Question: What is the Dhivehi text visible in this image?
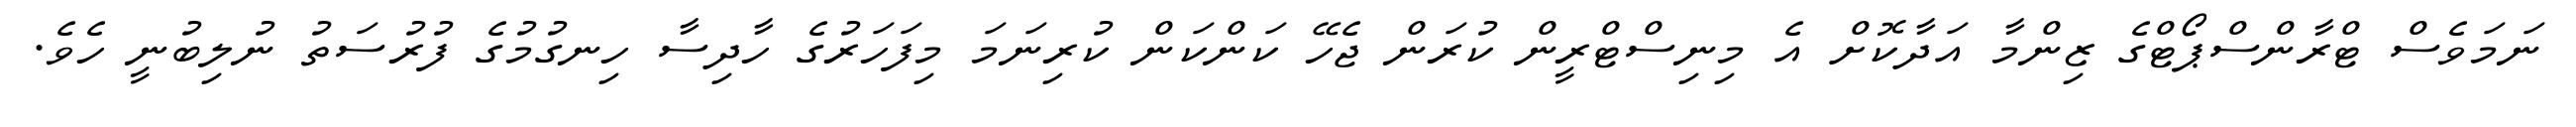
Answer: ނަމަވެސް ޓްރާންސްޕޯޓްގެ ޒިންމާ އަދާކޮށް އެ މިނިސްޓްރީން ކުރަން ޖެހޭ ކަންކަން ކުރިނަމަ މިފަހަރުގެ ހާދިސާ ހިނގުމުގެ ފުރުސަތު ނުލިބުނީ ހެވެ.